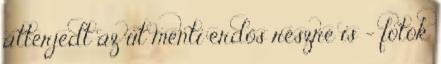
átterjedt az út menti erdős részre is - fotók